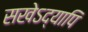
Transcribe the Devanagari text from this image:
सखेऽद्यापि